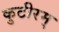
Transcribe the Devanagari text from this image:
कुटीरम्